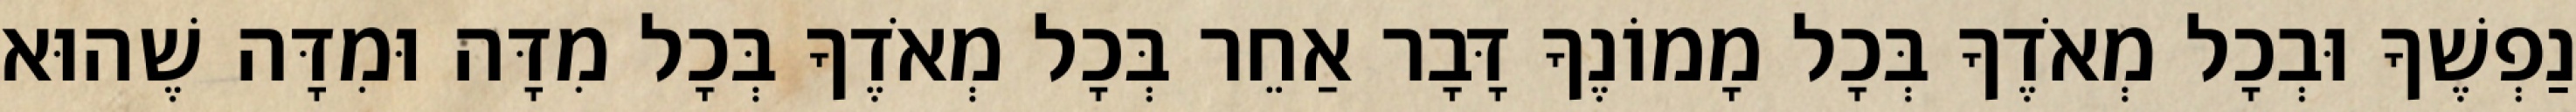
נַפְשֶׁךָ וּבְכָל מְאֹדֶךָ בְּכָל מָמוֹנֶךָ דָּבָר אַחֵר בְּכָל מְאֹדֶךָ בְּכָל מִדָּה וּמִדָּה שֶׁהוּא